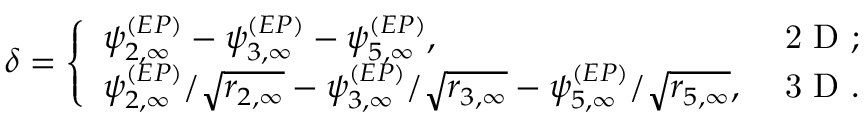
\delta = \left\{ \begin{array} { l l } { \psi _ { 2 , \infty } ^ { ( E P ) } - \psi _ { 3 , \infty } ^ { ( E P ) } - \psi _ { 5 , \infty } ^ { ( E P ) } , } & { \mathrm { ~ 2 ~ D ~ } ; } \\ { \psi _ { 2 , \infty } ^ { ( E P ) } / \sqrt { r _ { 2 , \infty } } - \psi _ { 3 , \infty } ^ { ( E P ) } / \sqrt { r _ { 3 , \infty } } - \psi _ { 5 , \infty } ^ { ( E P ) } / \sqrt { r _ { 5 , \infty } } , } & { \mathrm { ~ 3 ~ D ~ } . } \end{array} \right.